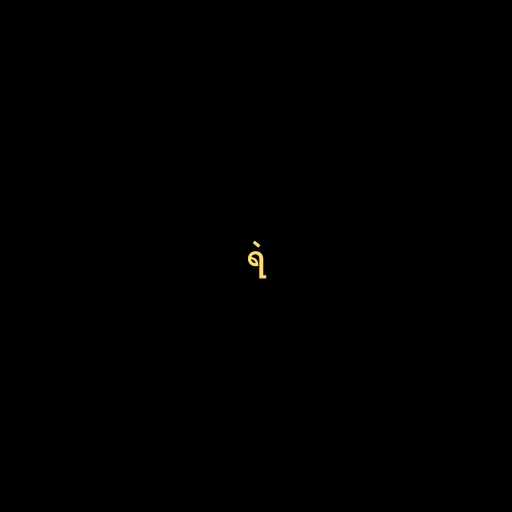
ရဲ